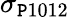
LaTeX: \sigma_{\mathtt{P}1012}